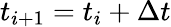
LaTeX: t_{i+1}=t_{i}+\Delta t